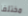
مختلفا